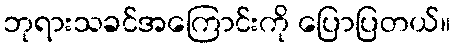
ဘုရားသခင်အကြောင်းကို ပြောပြတယ်။